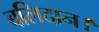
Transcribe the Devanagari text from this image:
बलिदान।